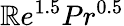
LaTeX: \mathbb{R}e^{1.5}Pr^{0.5}